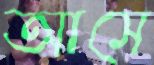
আসে